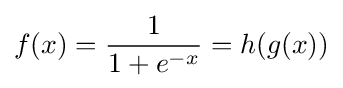
f(x)={\frac {1}{1+e^{-x}}}=h(g(x))